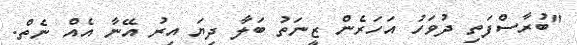
"ބުރާސްފަތި ދުވަހު އަހަރެން ޒީނަތު ބަލާ ދިޔަ އިރު އޭނާ އެއް ނެތް.